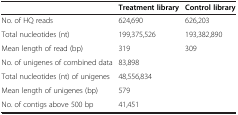
<table><thead><tr><td><b> </b></td><td><b>Treatment library</b></td><td><b>Control library</b></td></tr></thead><tbody><tr><td>No. of HQ reads</td><td>624,690</td><td>626,203</td></tr><tr><td>Total nucleotides (nt)</td><td>199,375,526</td><td>193,382,890</td></tr><tr><td>Mean length of read (bp)</td><td>319</td><td>309</td></tr><tr><td>No. of unigenes of combined data</td><td colspan="2">83,898</td></tr><tr><td>Total nucleotides (nt) of unigenes</td><td colspan="2">48,556,834</td></tr><tr><td>Mean length of unigenes (bp)</td><td colspan="2">579</td></tr><tr><td>No. of contigs above 500 bp</td><td colspan="2">41,451</td></tr></tbody></table>